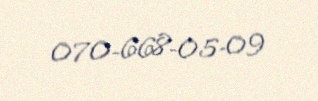
070-668-05-09